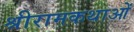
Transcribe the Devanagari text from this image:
श्रीरामकथाओं